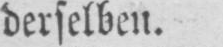
derselben.